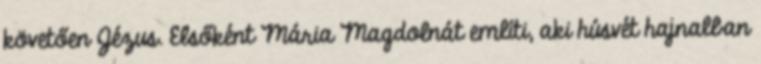
követően Jézus. Elsőként Mária Magdolnát említi, aki húsvét hajnalban